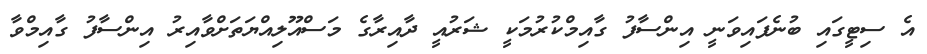
އެ ސިޓީގައި ބުނެފައިވަނީ އިންސާފު ގާއިމްކުރުމަކީ ޝަރުއީ ދާއިރާގެ މަސްއޫލިއްޔަތަށްވާއިރު އިންސާފު ގާއިމްވާ